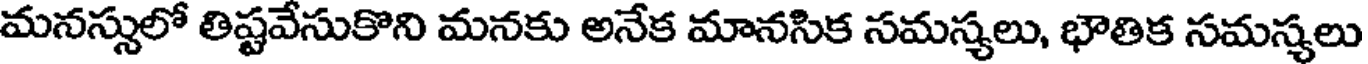
మనస్సులో తిష్టవేసుకొని మనకు అనేక మానసిక సమస్యలు, భౌతిక సమస్యలు